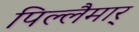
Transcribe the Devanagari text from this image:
पिल्लैमार्